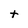
Character: t